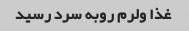
غذا ولرم روبه سرد رسید